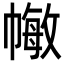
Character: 𢄯